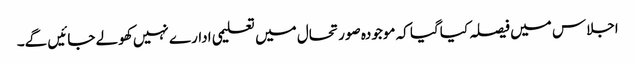
اجلاس میں فیصلہ کیاگیا کہ موجودہ صورتحال میں تعلیمی ادارے نہیں کھولے جائیں گے۔